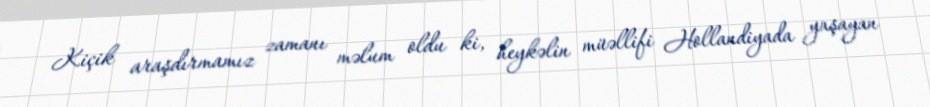
Kiçik araşdırmamız zamanı məlum oldu ki, heykəlin müəllifi Hollandiyada yaşayan